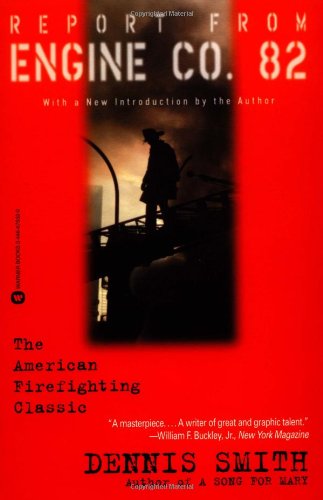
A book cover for Report from Engine Co. 82; Dennis Smith; Biographies & Memoirs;